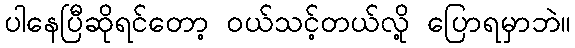
ပါနေပြီဆိုရင်တော့ ဝယ်သင့်တယ်လို့ ပြောရမှာဘဲ။